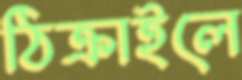
ঠিক্‌রাইলে